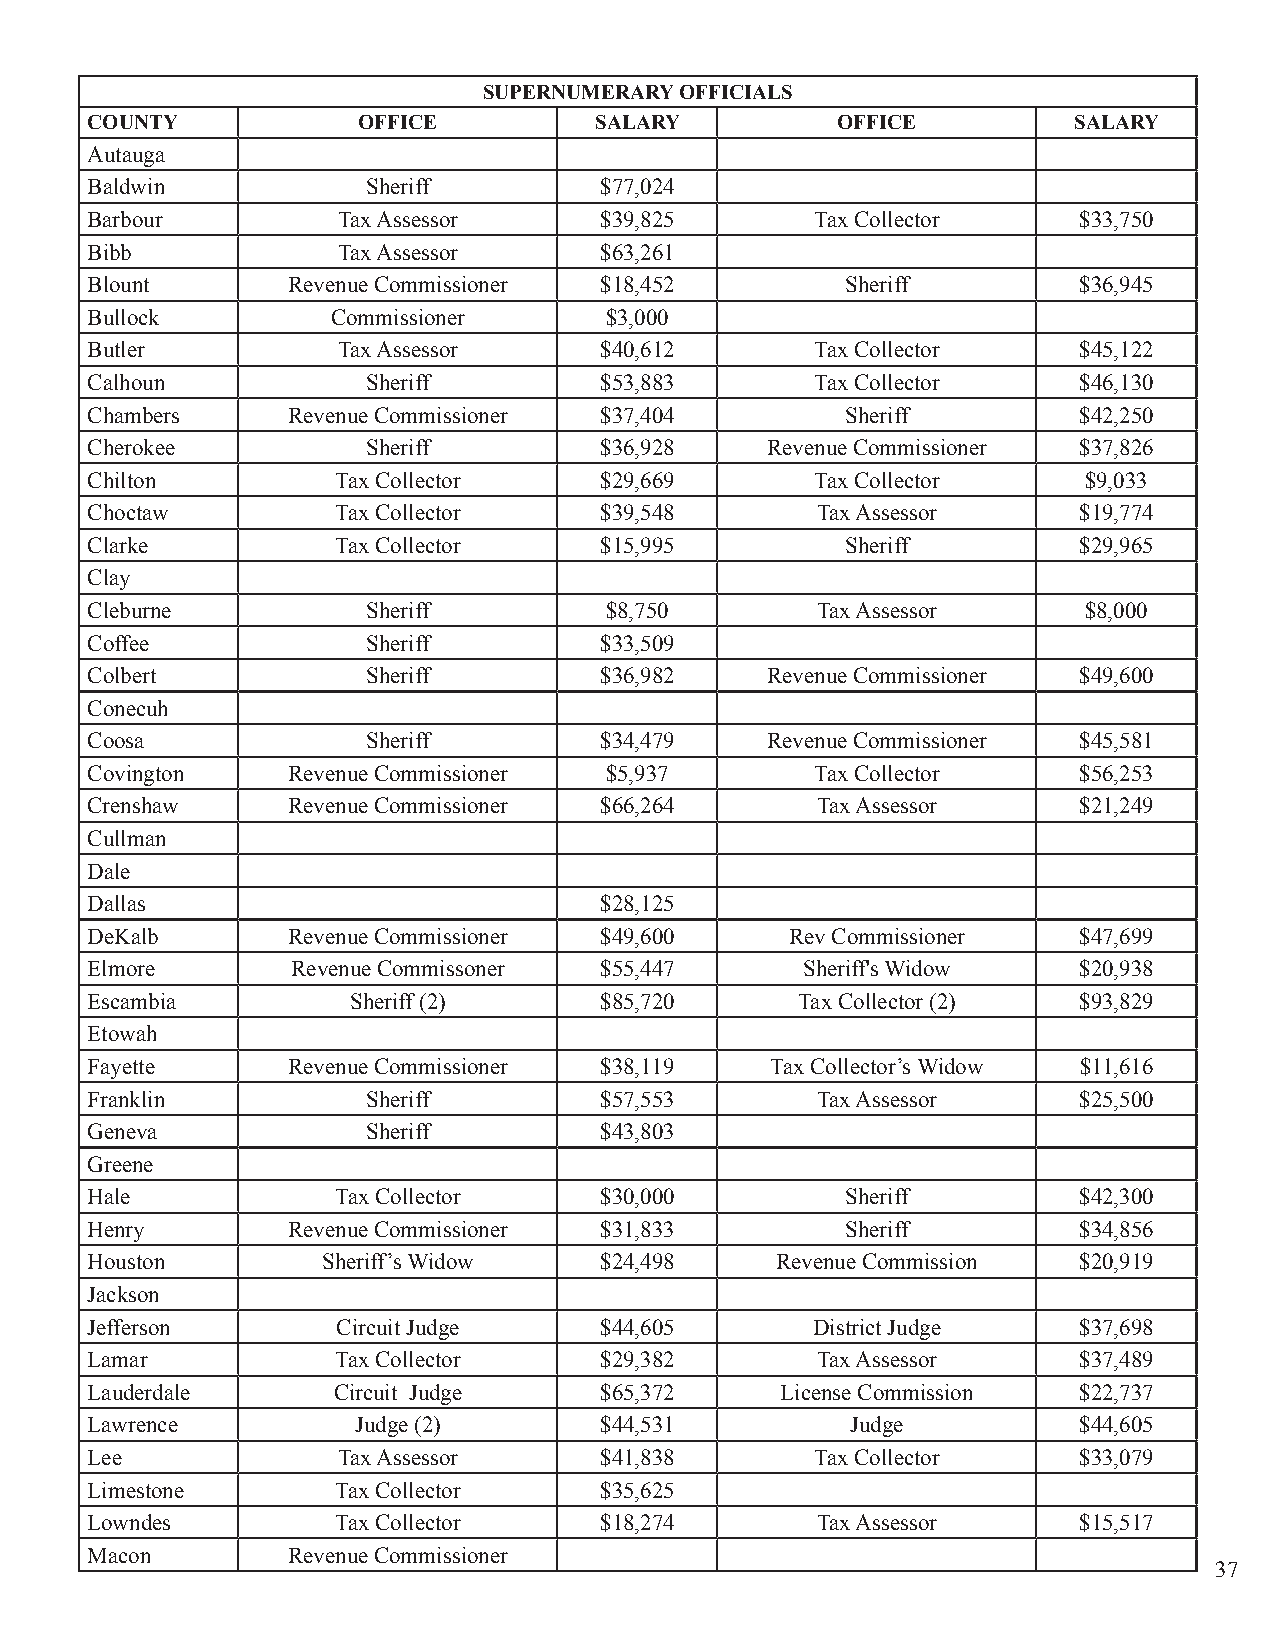
SUPERNUMERARY OFFICIALS
 COUNTY            OFFICE         SALARY          OFFICE          SALARY
 Autauga
 Baldwin           Sheriff         $77,024
 Barbour         Tax Assessor      $39,825       Tax Collector    $33,750
 Bibb            Tax Assessor      $63,261
 Blount       Revenue Commissioner $18,452         Sheriff        $36,945
 Bullock         Commissioner      $3,000
 Butler          Tax Assessor      $40,612       Tax Collector    $45,122
 Calhoun           Sheriff         $53,883       Tax Collector    $46,130
 Chambers     Revenue Commissioner $37,404         Sheriff        $42,250
 Cherokee          Sheriff         $36,928    Revenue Commissioner $37,826
 Chilton         Tax Collector     $29,669       Tax Collector     $9,033
 Choctaw         Tax Collector     $39,548       Tax Assessor     $19,774
 Clarke          Tax Collector     $15,995         Sheriff        $29,965
 Clay
 Cleburne          Sheriff         $8,750        Tax Assessor      $8,000
 Coffee            Sheriff         $33,509
 Colbert           Sheriff         $36,982    Revenue Commissioner $49,600
 Conecuh
 Coosa             Sheriff         $34,479    Revenue Commissioner $45,581
 Covington    Revenue Commissioner $5,937        Tax Collector    $56,253
 Crenshaw     Revenue Commissioner $66,264       Tax Assessor     $21,249
 Cullman
 Dale
 Dallas                            $28,125
 DeKalb       Revenue Commissioner $49,600     Rev Commissioner   $47,699
 Elmore       Revenue Commissoner  $55,447      Sheriff's Widow   $20,938
 Escambia         Sheriff (2)      $85,720      Tax Collector (2) $93,829
 Etowah
 Fayette      Revenue Commissioner $38,119    Tax Collector’s Widow $11,616
 Franklin          Sheriff         $57,553       Tax Assessor     $25,500
 Geneva            Sheriff         $43,803
 Greene
 Hale            Tax Collector     $30,000         Sheriff        $42,300
 Henry        Revenue Commissioner $31,833         Sheriff        $34,856
 Houston        Sheriff’s Widow    $24,498    Revenue Commission  $20,919
 Jackson
 Jefferson       Circuit Judge     $44,605       District Judge   $37,698
 Lamar           Tax Collector     $29,382       Tax Assessor     $37,489
 Lauderdale      Circuit Judge     $65,372     License Commission $22,737
 Lawrence         Judge (2)        $44,531         Judge          $44,605
 Lee             Tax Assessor      $41,838       Tax Collector    $33,079
 Limestone       Tax Collector     $35,625
 Lowndes         Tax Collector     $18,274       Tax Assessor     $15,517
 Macon        Revenue Commissioner
 37